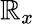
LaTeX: {\cal\mathbb{R}}_{x}